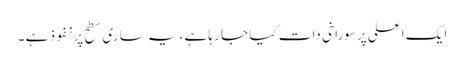
ایک اعلی پرسوراخی دات کیا جا رہا ہے، یہ ساری سطح پر نفوذ ہے ۔